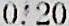
0.20